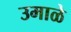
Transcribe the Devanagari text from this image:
उमाळे